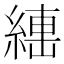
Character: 𱹺